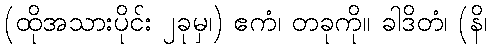
(ထိုအသားပိုင်း ၂ခုမှ၊) ဧကံ၊ တခုကို။ ခါဒိတံ၊ (နိ၊